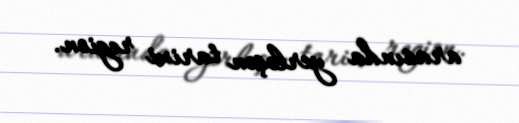
arasında yerləşən tarixi region.